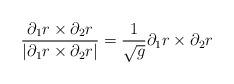
LaTeX: \begin{align*}\frac{\partial_1 r \times \partial_2 r}{|\partial_1 r \times \partial_2 r|} =\frac{1}{\sqrt{g}} \partial_1 r \times \partial_2 r \end{align*}